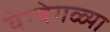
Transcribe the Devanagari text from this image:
वेग्वेगळ्या